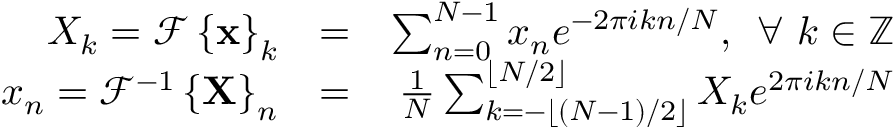
\begin{array} { r l r } { X _ { k } = \mathcal { F } \left\{ \mathbf { x } \right\} _ { k } } & { = } & { \sum _ { n = 0 } ^ { N - 1 } x _ { n } e ^ { - 2 \pi i k n / N } , \, \, \, \forall ~ k \in \mathbb { Z } } \\ { x _ { n } = \mathcal { F } ^ { - 1 } \left\{ \mathbf { X } \right\} _ { n } } & { = } & { \frac { 1 } { N } \sum _ { k = - \lfloor ( N - 1 ) / 2 \rfloor } ^ { \lfloor N / 2 \rfloor } X _ { k } e ^ { 2 \pi i k n / N } } \end{array}